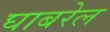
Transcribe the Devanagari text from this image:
घाबरेल